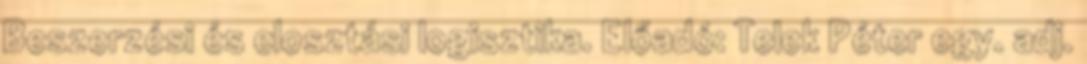
Beszerzési és elosztási logisztika. Előadó: Telek Péter egy. adj.